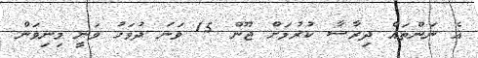
އެ ނަންތައް ދިރާސާ ކުރުމަށް ޖޫން 15 ވަނަ ދުވަހު ވަނީ މިނިވަން